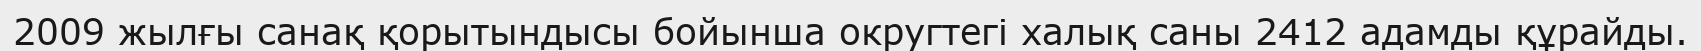
2009 жылғы санақ қорытындысы бойынша округтегі халық саны 2412 адамды құрайды.